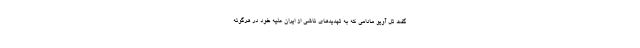
گفت تل آویو مادامی که به تهدیدهای ناشی از ایران علیه خود در هرگونه